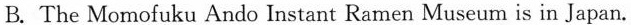
B. The Momofuku Ando Instant Ramen Museum is in Japan.